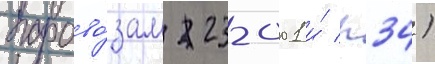
парово́зам 23-001 и́ п34)